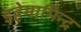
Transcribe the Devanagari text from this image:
इहेमामिन्द्र